Civil Veterinary Department. United Provinces 1912-22 - 1912-1922
Year: 1912
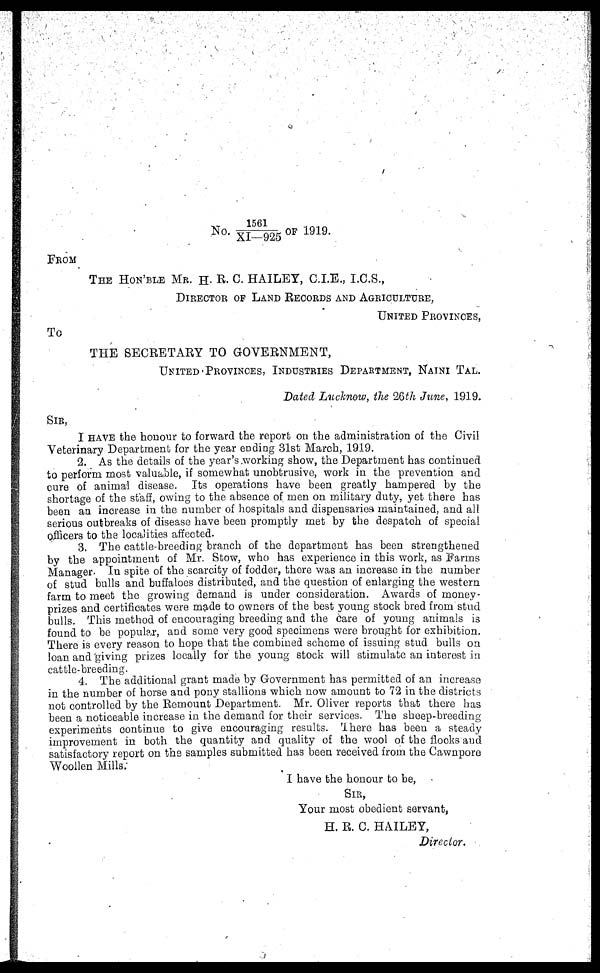
No. 1561/XI-925 OF 1919.
FROM
The Hon'ble Mr. H. R. G. HAILEY, C.I.E., I.C.S.,
DIRECTOR OF LAND RECORDS AND AGRICULTURE,
UNITED PROVINCES, TO
THE SECRETARY TO GOVERNMENT,
UNITED PROVINCES, INDUSTRIES DEPARTMENT, NAINI TAL.
DATED LUCKNOW, THE 26TH JUNE, 1919.
SIR,
I have the honour to forward the report on the administration of the Civil
Veterinary Department for the year ending 31st March, 1919.
2. As the details of the year's working show, the Department has continued
to perform most valuable, if somewhat unobtrusive, work in the prevention and
cure of animal disease. Its operations have been greatly hampered by the
shortage of the staff, owing to the absence of men on military duty, yet there has
been an increase in the number of hospitals and dispensaries maintained, and all
serious outbreaks of disease have been promptly met by the despatch of special
officers to the localities affected.
3. The cattle-breeding branch of the department has been strengthened
by the appointment of Mr. Stow, who has experience in this work, as Farms
Manager. In spite of the scarcity of fodder, there was an increase in the number
of stud bulls and buffaloes distributed, and the question of enlarging the western
farm to meet the growing demand is under consideration. Awards of money-
prizes and certificates were made to owners of the best young stock bred from stud
bulls. This method of encouraging breeding and the Care of young animals is
found to be popular, and some very good specimens were brought for exhibition.
There is every reason to hope that the combined scheme of issuing stud bulls on
loan and giving prizes locally for the young stock will stimulate an interest in
cattle-breeding.
4. The additional grant made by Government has permitted of an increase
in the number of horse and pony stallions which now amount to 72 in the districts
not controlled by the Remount Department. Mr. Oliver reports that there has
been a noticeable increase in the demand for their services. The sheep-breeding
experiments Continue to give encouraging results. There has been a steady
improvement in both the quantity and quality of the wool of the flocks and
satisfactory report on the samples submitted has been received from the Cawnpore
Woollen Mills.
I have the honour to be,
Sir,
Your most obedient servant,
H. R. C. HAILEY,
Director.